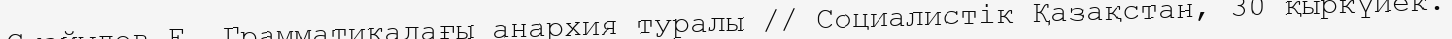
Смайылов Е. Грамматикадағы анархия туралы // Социалистік Қазақстан, 30 қыркүйек.